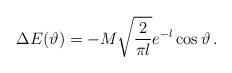
\begin{align*}\Delta E(\vartheta )=-M\sqrt{\frac{2}{\pi l}}e^{-l}\cos \vartheta \, .\end{align*}